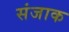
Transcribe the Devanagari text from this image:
संजाक